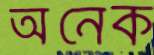
অনেক